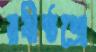
রবীষ্ঠশ্রে